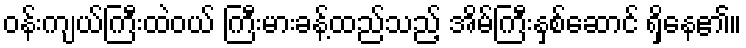
ဝန်းကျယ်ကြီးထဲဝယ် ကြီးမားခန့်ထည်သည့် အိမ်ကြီးနှစ်ဆောင် ရှိနေ၏။